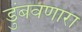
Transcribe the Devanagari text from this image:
डुंबवणारा